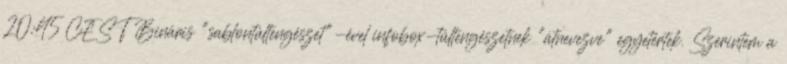
20:45 CEST Bináris "sablontúltengészet"-ével infobox-túltengészetnek "átnevezve" egyetértek. Szerintem a